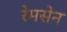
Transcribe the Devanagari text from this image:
रेमसेन